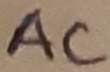
Text: AC